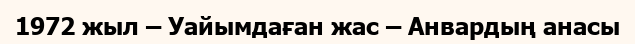
1972 жыл – Уайымдаған жас – Анвардың анасы